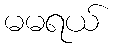
မမရယ်